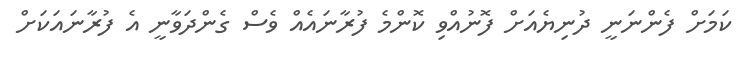
ކަމަށް ފެންނަނީ ދުނިޔެއަށް ފޮނުއްވި ކޮންމެ ފުރާނައެއް ވެސް ގެންދަވާނީ އެ ފުރާނައަކަށް